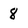
Character: 8